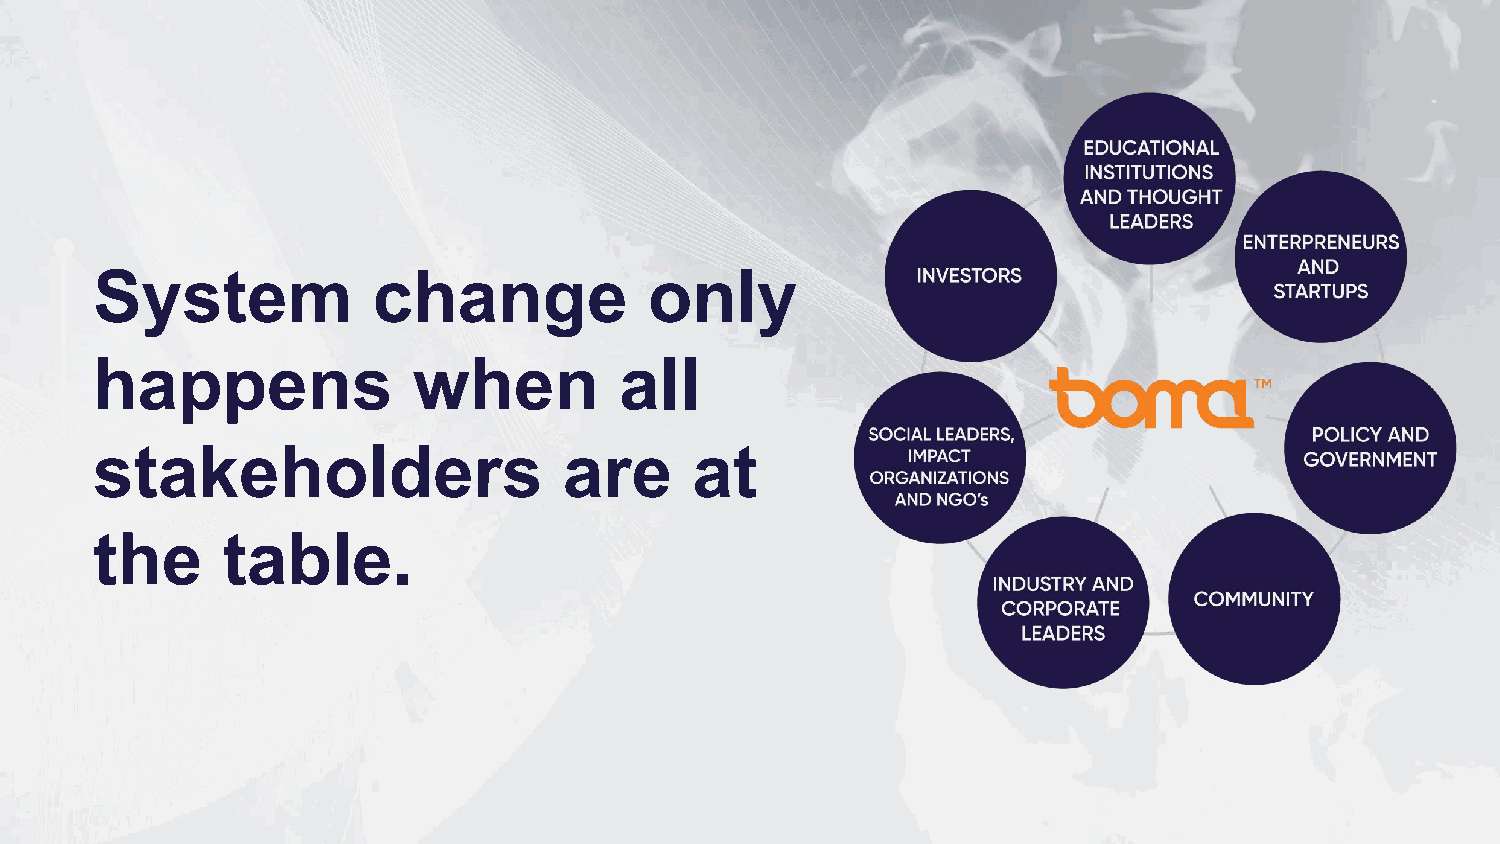
System             change            only
 happens              when          all
 stakeholders                   are      at
 the      table.